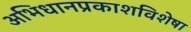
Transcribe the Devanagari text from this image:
अभिधानप्रकाशविशेषा